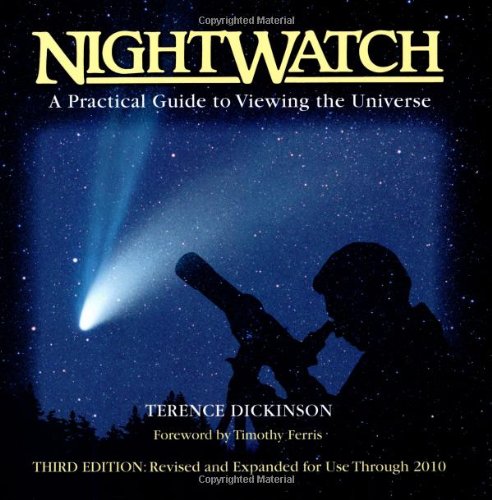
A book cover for NightWatch: A Practical Guide to Viewing the Universe; Terence Dickinson; Science & Math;